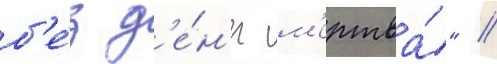
б'е́з д'е́н'ег м'ертва́" //